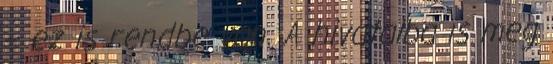
– ez is rendbe van. A hivatalba is meg